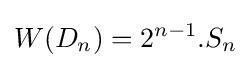
W(D_{n})=2^{n-1}.S_{n}